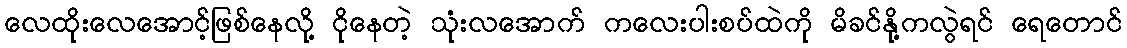
လေထိုးလေအောင့်ဖြစ်နေလို့ ငိုနေတဲ့ သုံးလအောက် ကလေးပါးစပ်ထဲကို မိခင်နို့ကလွဲရင် ရေတောင်